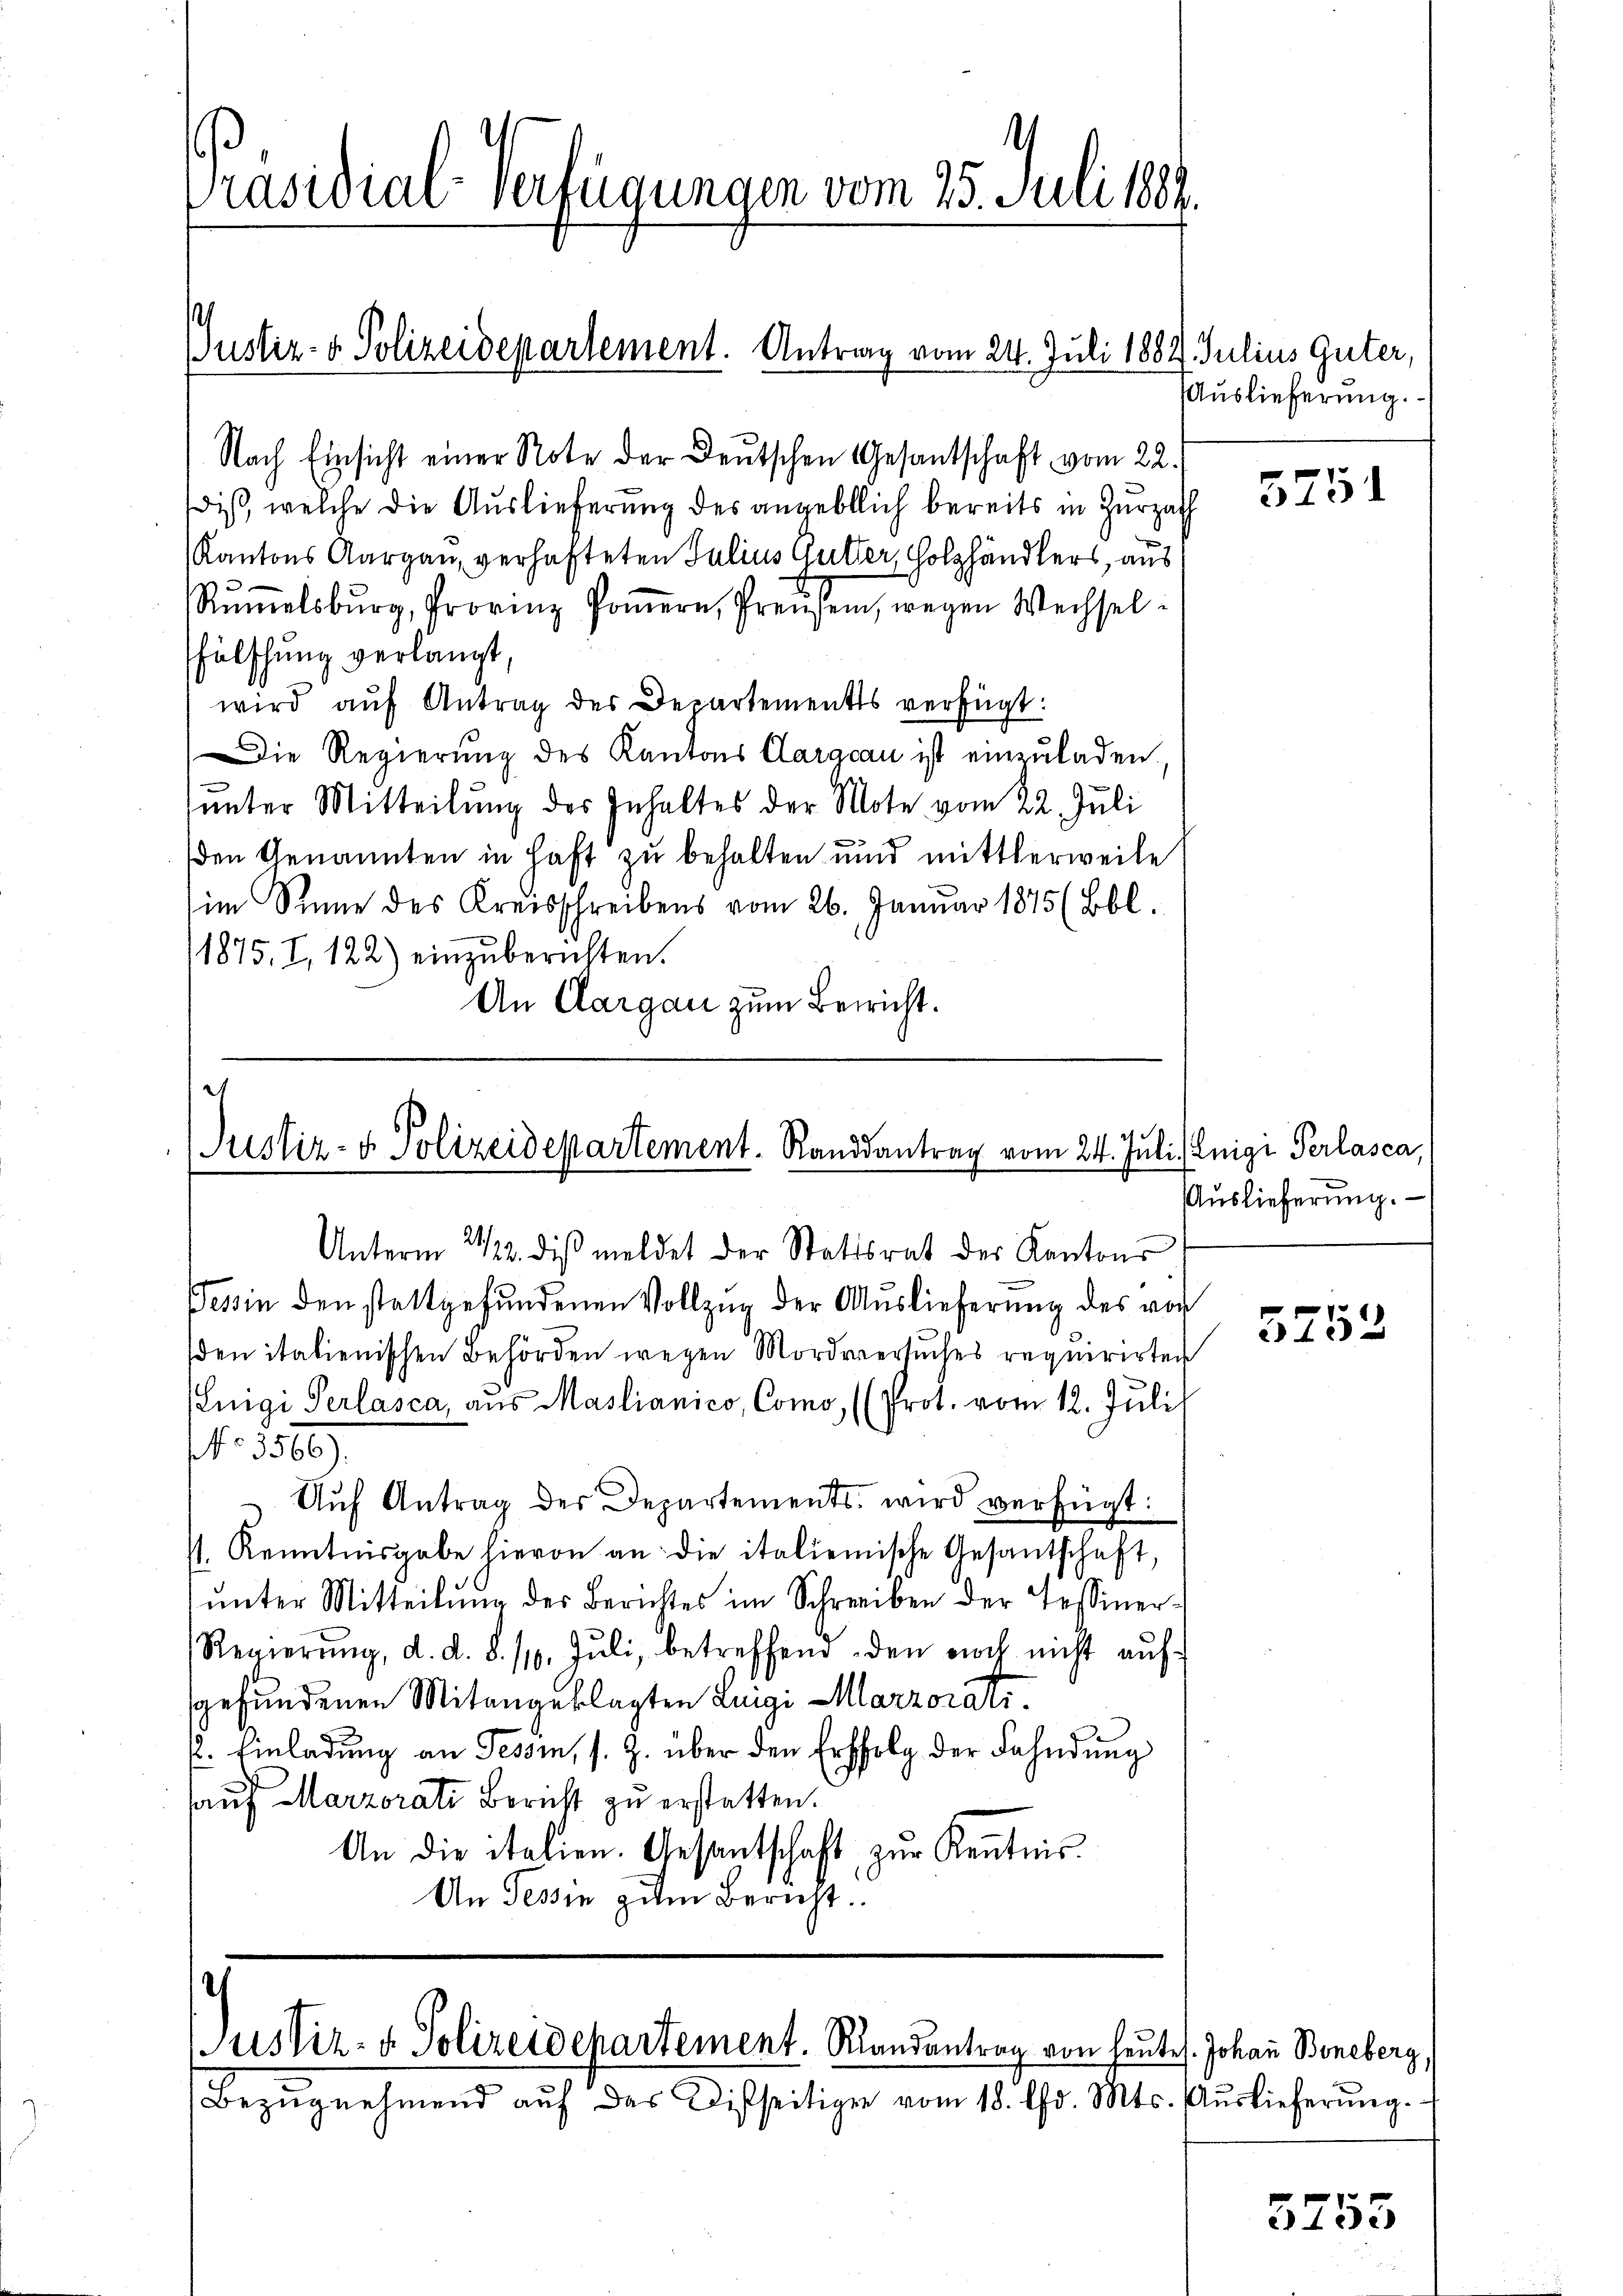
t
Präsidial-Verfügungen vom 25. Juli 1883.

Nach Einsicht einer Note der Deutschen Gesantschaft vom 22.
dis, welche die Auslieferung des angeblich bereits in Zurzach
Kantons Aargau, verhafteten Julius Gutter, Holzhändlers, aus
Rŭṁelsburg, Provinz Poṁern, Preisen, wegen Wechsel-
fälschung verlangt,
wird aŭf Antrag des Departements verfügt:
Die Regierung des Kantons Caracau ist einzuladen.
unter Mitteilung des Inhaltes der Mote vom 22. Juli
den Genannten in Haft zu behalten und mittlerweile
sim Sinne des Kreisschreibens vom 26. Januar 1875 (Bbl.
1875. I, 122) einzuberichten.
An Aargau zum Bericht.

Justiz- & Polizeidepartement. Randsantrag vom 24. Juli (Luigi Perlasca

Justiz- & Polizeidepartement. Antrag vom 24. Juli 1882. Julius Güter,

Tessin den stattgefŭndenen Vollzug der Auslieferung des vor
sden italienischen Behörden wegen Mordversuches requirirten
Luigi Perlasca, aus Maslianico, Como, (Prot. vom 12. Juli
NNo. 580.
Auf Antrag der Departements, wird verfügt:
s. Kenntnisgabe hievon an die italienische Gesantschaft,
ŭnter Mitteilŭng des Berichtes im Schreiben der Tessiner¬
Regierŭng, d. d. 8. 110. Jŭli, betreffend den noch nicht aŭf-
gefundenen Mitangeklagten Luigi Marzorati
k. Einladŭng an Tessin, s. Z. über den Erbfolg der Fahndŭng
auf Marzorati Bericht zu erstatten.
An die italien. Gesantschaft zur Kenntnis.
An Tessin zum Bericht.

Unterm 21/22. diβ meldet der Stattsrat der Kantons

Justiz- & Polizeidepartement. Randantrag von heutes. Johann Beneberg
Bezŭgnehmend auf das Disseitigen vom 18. d. Mts. Auslieferung.

Auslieferung.

3751

Auslieferung.

5252

5753